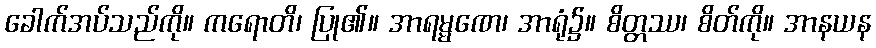
ခေါက်အပ်သည်ကို။ ကရောတိ၊ ပြု၏။ အာရမ္မဏေ၊ အာရုံ၌။ စိတ္တဿ၊ စိတ်ကို။ အာနယန